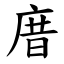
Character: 庴